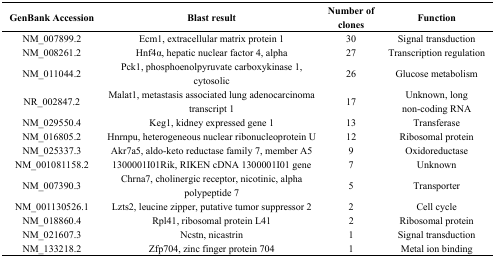
<table><thead><tr><td><b>GenBank Accession</b></td><td><b>Blast result</b></td><td><b>Number of clones</b></td><td><b>Function</b></td></tr></thead><tbody><tr><td>NM_007899.2</td><td>Ecm1, extracellular matrix protein 1</td><td>30</td><td>Signal transduction</td></tr><tr><td>NM_008261.2</td><td>Hnf4α, hepatic nuclear factor 4, alpha</td><td>27</td><td>Transcription regulation</td></tr><tr><td>NM_011044.2</td><td>Pck1, phosphoenolpyruvate carboxykinase 1, cytosolic</td><td>26</td><td>Glucose metabolism</td></tr><tr><td>NR_002847.2</td><td>Malat1, metastasis associated lung adenocarcinoma transcript 1</td><td>17</td><td>Unknown, long non-coding RNA</td></tr><tr><td>NM_029550.4</td><td>Keg1, kidney expressed gene 1</td><td>13</td><td>Transferase</td></tr><tr><td>NM_016805.2</td><td>Hnrnpu, heterogeneous nuclear ribonucleoprotein U</td><td>12</td><td>Ribosomal protein</td></tr><tr><td>NM_025337.3</td><td>Akr7a5, aldo-keto reductase family 7, member A5</td><td>9</td><td>Oxidoreductase</td></tr><tr><td>NM_001081158.2</td><td>1300001I01Rik, RIKEN cDNA 1300001I01 gene</td><td>7</td><td>Unknown</td></tr><tr><td>NM_007390.3</td><td>Chrna7, cholinergic receptor, nicotinic, alpha polypeptide 7</td><td>5</td><td>Transporter</td></tr><tr><td>NM_001130526.1</td><td>Lzts2, leucine zipper, putative tumor suppressor 2</td><td>2</td><td>Cell cycle</td></tr><tr><td>NM_018860.4</td><td>Rpl41, ribosomal protein L41</td><td>2</td><td>Ribosomal protein</td></tr><tr><td>NM_021607.3</td><td>Ncstn, nicastrin</td><td>1</td><td>Signal transduction</td></tr><tr><td>NM_133218.2</td><td>Zfp704, zinc finger protein 704</td><td>1</td><td>Metal ion binding</td></tr></tbody></table>